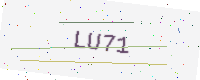
Text: LU71